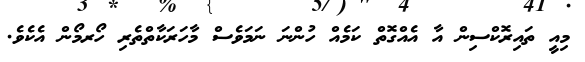
މިއީ ތައިރޮކްސިން އާ އެއްގޮތް ކަމެއް ހުންނަ ނަމަވެސް މާހަރަކާތްތެރި ހޯރމޯން އެކެވެ.